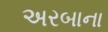
અરબાના